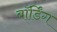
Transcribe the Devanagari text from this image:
बॉर्डिंग